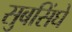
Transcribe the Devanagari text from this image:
सुबसिंघे